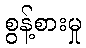
စွန့်စားမှု